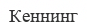
Кеннинг